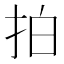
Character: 拍